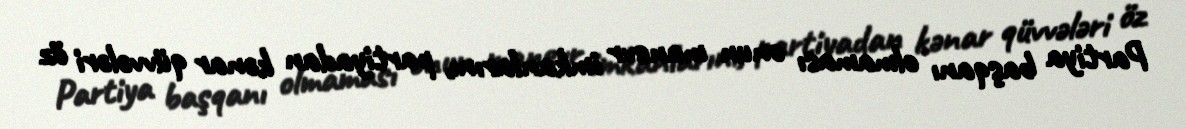
Partiya başqanı olmaması onun manevr imkanlarını, partiyadan kənar qüvvələri öz